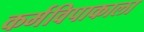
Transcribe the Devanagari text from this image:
कर्मविपाकाला